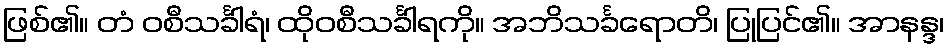
ဖြစ်၏။ တံ ဝစီသင်္ခါရံ၊ ထိုဝစီသင်္ခါရကို။ အဘိသင်္ခရောတိ၊ ပြုပြင်၏။ အာနန္ဒ၊